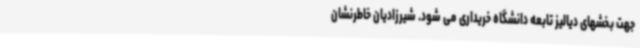
جهت بخشهای دیالیز تابعه دانشگاه خریداری می شود. شیرزادیان خاطرنشان